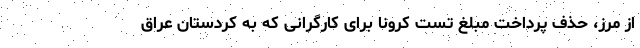
از مرز، حذف پرداخت مبلغ تست کرونا برای کارگرانی که به کردستان عراق